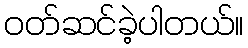
ဝတ်ဆင်ခဲ့ပါတယ်။